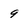
Character: 9